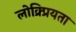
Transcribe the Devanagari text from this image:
लोक्र्प्रियता